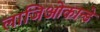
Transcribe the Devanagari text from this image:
लाजिओकान्डे